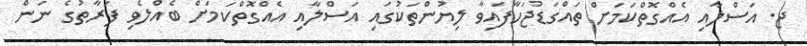
ޖ. އަސްލާއި އެއްގޮތްކަމަށް ތައްގަޑުޖަހާފައިވާ ލިޔުންތަކުގައި އަސްލާއި އެއްގޮތްކަމަށް ބެއްލެވި ފަރާތުގެ ނަން